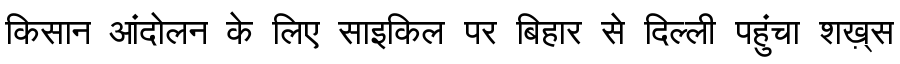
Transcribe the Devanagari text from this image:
किसान आंदोलन के लिए साइकिल पर बिहार से दिल्ली पहुंचा शख़्स